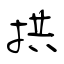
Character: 拱